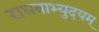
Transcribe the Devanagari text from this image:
राघवाभ्युदयम्